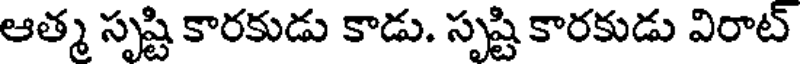
ఆత్మ సృష్టి కారకుడు కాడు. సృష్టి కారకుడు విరాట్